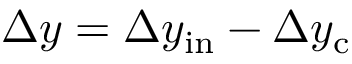
\Delta y = \Delta y _ { \mathrm { i n } } - \Delta y _ { \mathrm { c } }